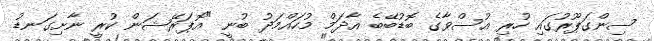
ސިންގަޕޫރުގައި ހުރި އުސްވާގެ ބޮޑުބޭބެ އާދަމް މުހައްމަދު ބުނީ "އޮޕަރޭޝަން ކުރީ ނާށިގަނޑު